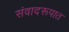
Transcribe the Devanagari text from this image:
संवादरूपात